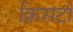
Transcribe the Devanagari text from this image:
क्रिसटो